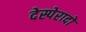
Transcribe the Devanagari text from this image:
देस्पेरादो